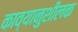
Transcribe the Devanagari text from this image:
काव्यानुशीलक